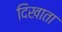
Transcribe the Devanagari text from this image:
दिखाता